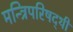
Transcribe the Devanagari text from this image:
मन्त्रिपरिषद्‍थी